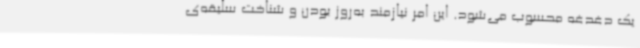
یک دغدغه محسوب می‌شود. این امر نیازمند به‌روز بودن و شناخت سلیقه‌ی